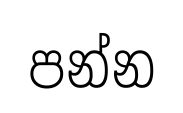
පන්න